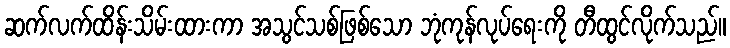
ဆက်လက်ထိန်းသိမ်းထားကာ အသွင်သစ်ဖြစ်သော ဘုံကုန်လုပ်ရေးကို တီထွင်လိုက်သည်။